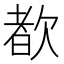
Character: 𬅩